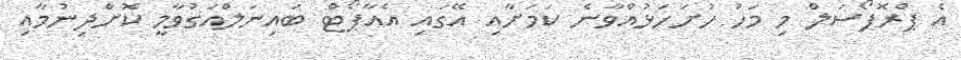
އެ ޕްރޮޕޯސަލް މި މަހު ހުށަހަޅުއްވާނެ ކަމަށާއި އޭގައި އެއާޕޯޓް ބައިނަލްއަގުވާމީ ކޮށްދިނުމާއި